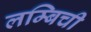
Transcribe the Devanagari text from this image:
लम्बिची